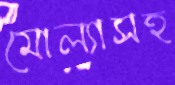
মোল্যাসহ